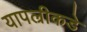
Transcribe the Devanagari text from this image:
यापल्रीकडे